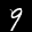
Label: 9